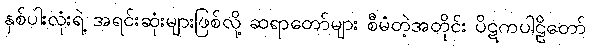
နှစ်ပါးလုံးရဲ့ အရင်းဆုံးများဖြစ်လို့ ဆရာတော်များ စီမံတဲ့အတိုင်း ပိဋကပါဠိတော်